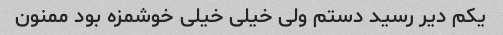
یکم دیر رسید دستم ولی خیلی خیلی خوشمزه بود ممنون